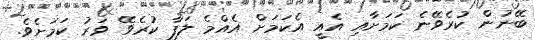
ބޭނުން ކުރެވޭނެ ކަމަށާއި އެއީ އެކަމަށް އެއްމެ ލަފާ ކުރެވޭ ވަރު ކަމަށެވެ.